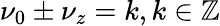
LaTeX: \nu_{0}\pm\nu_{z}=k,k\in\mathbb{Z}